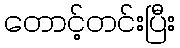
တောင့်တင်းပြီး